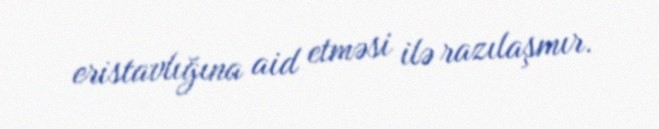
eristavlığına aid etməsi ilə razılaşmır.